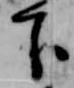
下